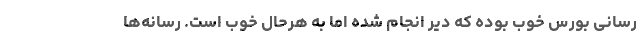
رسانی بورس خوب بوده که دیر انجام شده اما به هرحال خوب است. رسانه‌ها